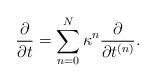
LaTeX: \begin{align*}{\partial \over \partial t}=\sum_{n=0}^N\kappa^n{\partial \over \partial t^{(n)}}.\end{align*}